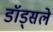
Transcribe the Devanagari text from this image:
डॉड्सले